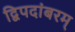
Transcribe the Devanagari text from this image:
द्विपदांबरम्